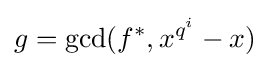
g=\gcd(f^{*},x^{q^{i}}-x)